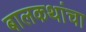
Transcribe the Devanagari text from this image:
बालकथांचा